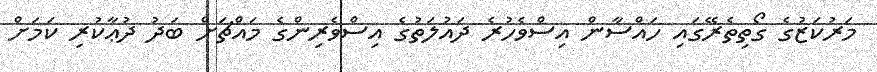
މަރުކަޒުގެ ގޯތިތެރޭގައި ހައްސާން އިސްވެހުރެ ދައުލަތުގެ އިސްވެރިންގެ މައްޗަށް ބަދު ދުޢާކުރި ކަމަށް